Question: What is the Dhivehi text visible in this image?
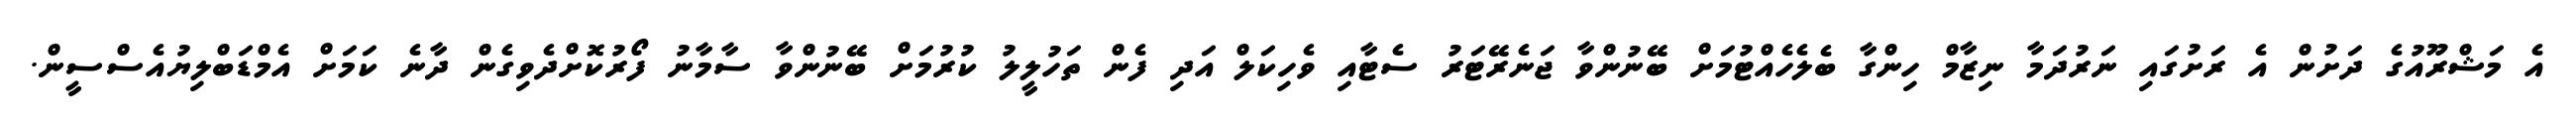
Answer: އެ މަޝްރޫއުގެ ދަށުން އެ ރަށުގައި ނަރުދަމާ ނިޒާމް ހިންގާ ބެލެހެއްޓުމަށް ބޭނުންވާ ޖަނެރޭޓަރު ސެޓާއި ވެހިކަލް އަދި ފެން ތަހުލީލު ކުރުމަށް ބޭނުންވާ ސާމާނު ފޯރުކޮށްދެވިގެން ދާނެ ކަމަށް އެމްޑަބްލިޔުއެސްސީން.